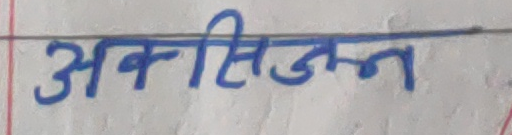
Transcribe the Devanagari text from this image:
अक्सिजन